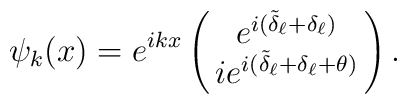
\psi_k(x) = e^{ikx} \left( \matrix{ e^{i(\tilde\delta_\ell +         \delta_\ell)} \cr i e^{i(\tilde\delta_\ell + \delta_\ell +         \theta)} } \right).